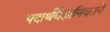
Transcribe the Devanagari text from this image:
पदार्थवैज्ञानिकाने